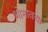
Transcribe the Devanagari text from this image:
भोगावया